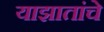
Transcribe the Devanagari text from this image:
याझातांचे